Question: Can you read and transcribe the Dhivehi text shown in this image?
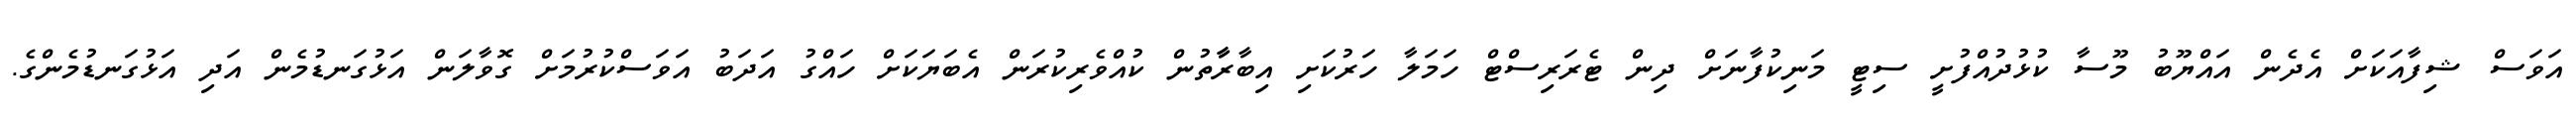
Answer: އަވަސް ޝިފާއަކަށް އެދެން އައްޔޫބު މޫސާ ކުޅުދުއްފުށީ ސިޓީ މަނިކުފާނަށް ދިން ޓެރަރިސްޓް ހަމަލާ ހަރުކަށި އިބާރާާތުން ކުއްވެރިކުރަން އެބަޔަކަށް ހައްގު އަދަބު އަވަސްކުރުމަށް ގޮވާލަން އަޅުގަނޑުމެން އަދި އަޅުގަނޑުމެންގެ.